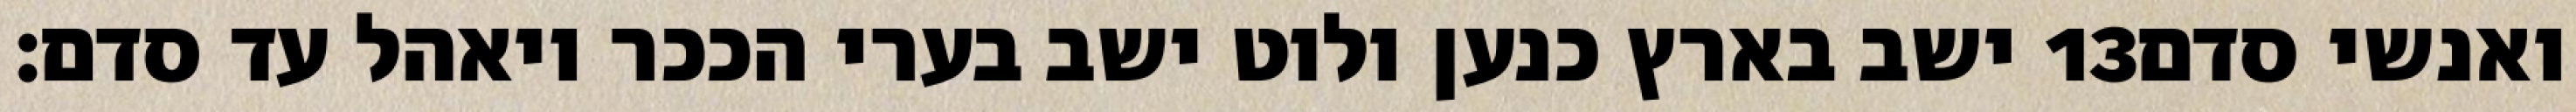
ישב בארץ כנען ולוט ישב בערי הככר ויאהל עד סדם׃ ‎13‏ ואנשי סדם